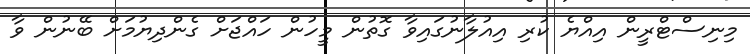
މިނިސްޓްރީން އިއްޔެ ކުރި އިއުލާނުގައިވާ ގޮތުން މީހުން ހައްޖަށް ގެންދިޔުމަށް ބޭނުން ވާ